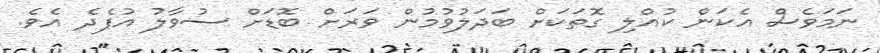
ނަމަވެސް އެކަން ކުއްލި ގޮތަކަށް ބަދަލުވުމުން ވަރަށް ބޮޑަށް ސުވާލު އުފެދެ އެވެ.